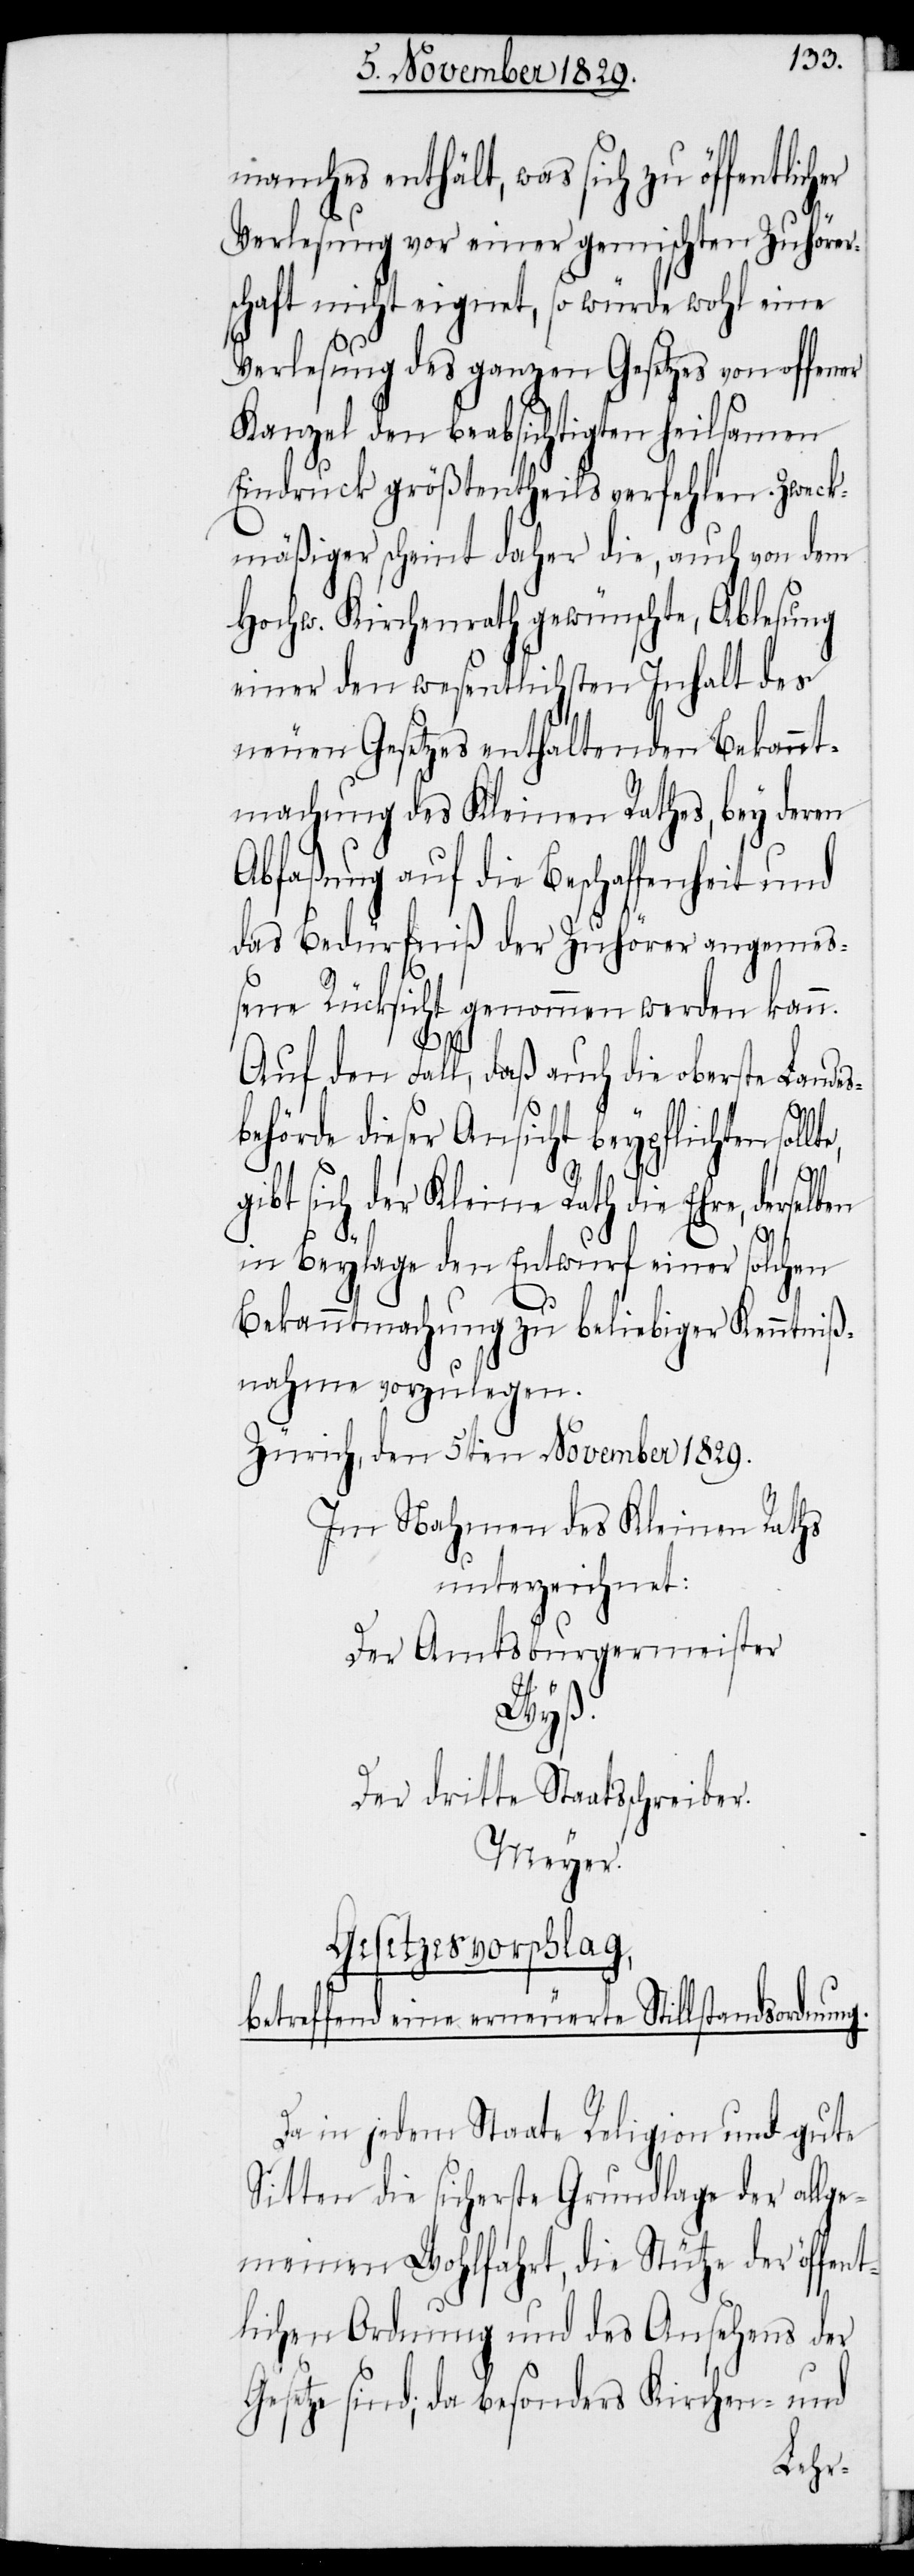
manches enthält, was sich zu öffentlic¬
Verlesung vor einer gemischten Zuhörer¬
schaft nicht eignet, so würde wohl eine
Verlesung des ganzen Gesetzes von offener
Kanzel den beabsichtigten heilsamen
Eindruck größtentheils verfehlen. Zweck¬
mäßiger scheint daher die, auch von dem
Hochw. Kirchenrath gewünschte, Ablesung
einer den wesentlichsten Inhalt des
neuen Gesetzes enthaltenden Bekannt¬
machung des Kleinen Rathes, bey deren
Abfaßung auf die Beschaffenheit und
das Bedürfniß der Zuhörer angemeß¬
ene Rücksicht genommen werden kann.
Auf den Fall, daß auch die oberste Landes¬
behörde dieser Ansicht beypflichten soll¬
ibt sich der Kleine Rath die Ehre, derselb¬
en
in Beylage den Entwurf einer solchen
Bekanntmachung zu beliebiger Kenntiß¬
nahme vorzulegen.
Zürich, den 5ten November 1829.
Im Nahmen des Kleinen Raths
unterzeichnet:
Der Amtsburgermeister
Wyß.
Der dritte Staatsschreiber.
Meyer.
Gesetzesvorschlag,
betreffend eine erneuerte Stillstandsordnung.
Da in jedem Staate Religion und gute
Sitten sicherste Grundlage der allge¬
meinen Wohlfahrt, die Stütze der öffent¬
lichen Ordnung und des Ansehens der
Gesetze sind; da besonders Kirchen- und